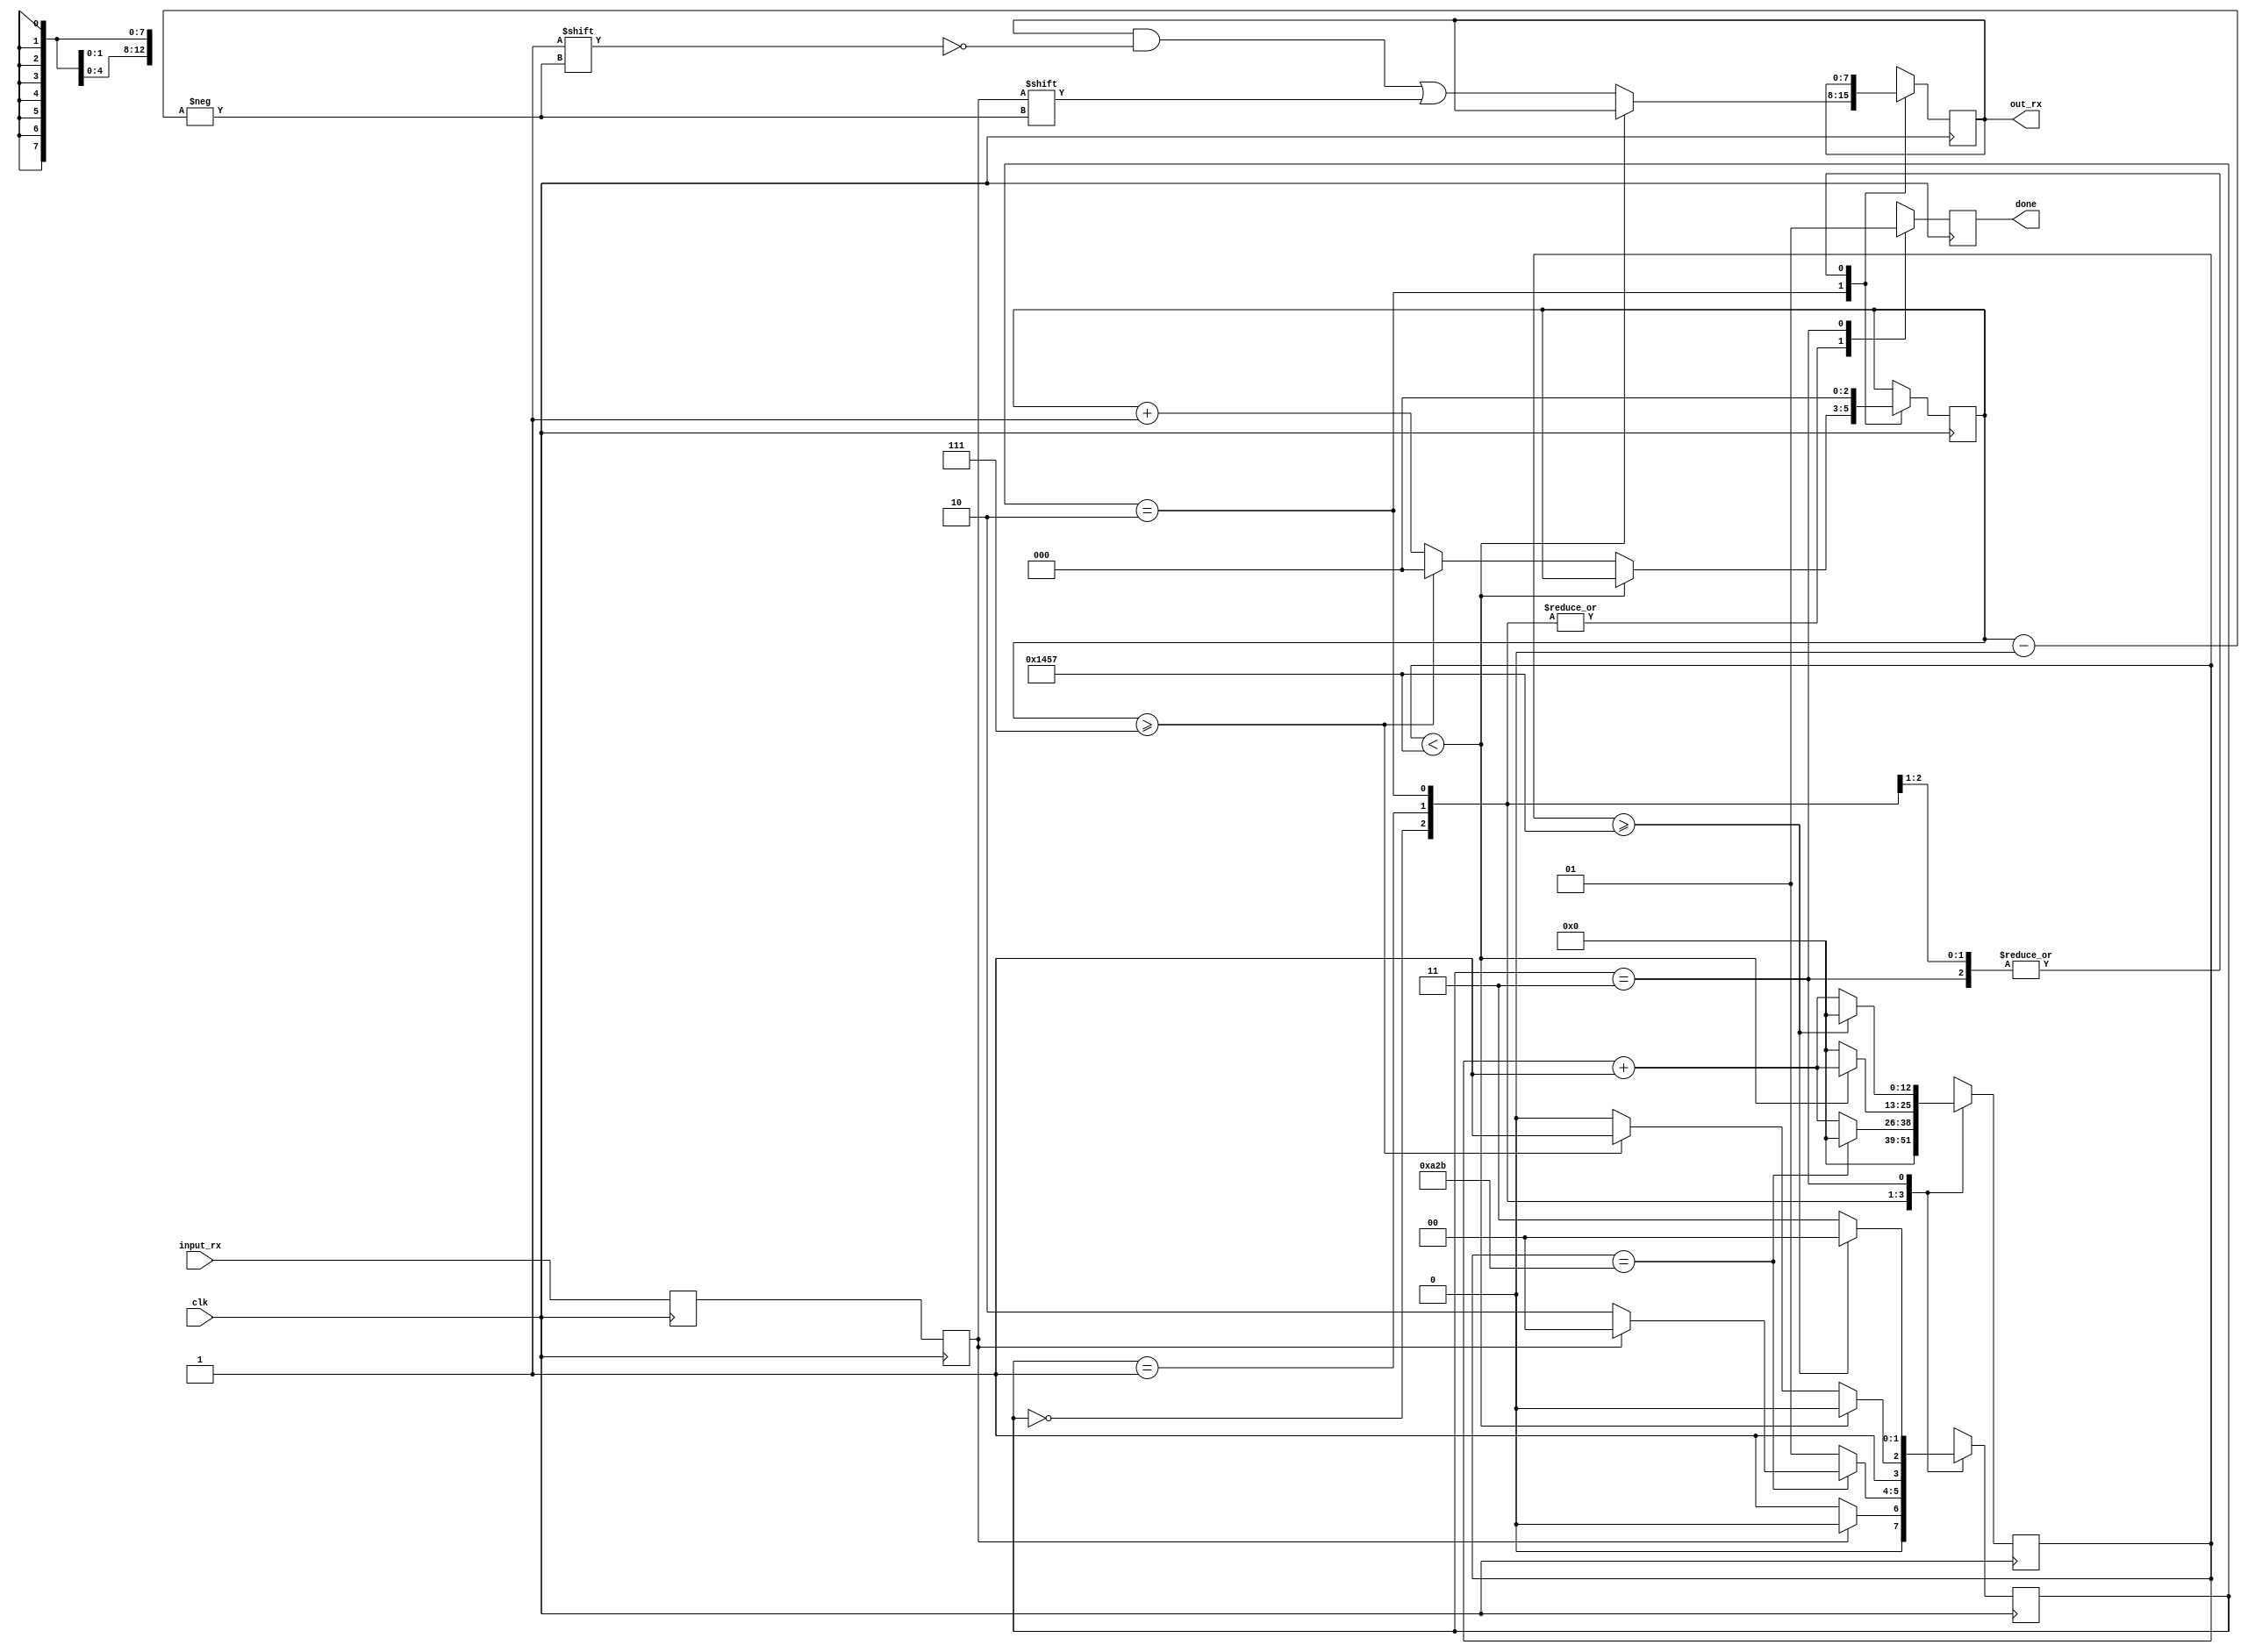

module uart_rx #(
    parameter CLKS_PER_BIT = 5208 // 50000000 / 9600 = 5208 PULSOS DE CLOCK POR BIT
)(
    input  clk,         // CLOCK DA PLACA A 50 MHZ
    input  input_rx,    // DADOS RECEBIDOS PELA PORTA SERIAL
    output done,        // SINALIZADO QUANDO UM DADO FOI RECEBIDO COMPLETAMENTE
    output [7:0] out_rx // DADOS DE SADA COMPLETOS
);

    /* ESTADOS DA MQUINA DE RECEBIMENTO UART */
    localparam IDLE  = 2'b00, // ESTADO DE OCIOSIDADE
               START = 2'b01, // ESTADO DE INCIO DA RECEPO
               DATA  = 2'b10, // ESTADO DE RECEPO DE DADOS
               STOP  = 2'b11; // ESTADO DE PARADA DA RECEPO

    /* REGISTRADORES INTERNOS */
    reg data_serial_buffer = 1'b1; // SINAL DA PORTA SERIAL  ALTO
    reg rx_data            = 1'b1; // DADO RECEBIDO

    reg [1:0]  state       = 1'b0;    // ESTADO DA MQUINA
    reg [12:0] counter     = 13'd0;   // CONTADOR DE TEMPO PARA BAUD RATE
    reg [2:0]  bit_index   = 1'b0;    // NDICE DO BIT ATUAL
    reg        data_avail  = 1'b0;    // FLAG PARA SINALIZAR DADO DISPONVEL
    reg [7:0]  data_reg    = 1'b0;    // REGISTRADOR PARA ARMAZENAR DADOS RECEBIDOS

    /* SADAS */
    assign out_rx = data_reg; // SADA DOS DADOS RECEBIDOS
    assign done = data_avail; // SINALIZADO QUANDO UM DADO FOI RECEBIDO COMPLETAMENTE

    /* RESOLVER PROBLEMA DE CAPTURA DE SINAL AO MANDAR OS BITS */
    always @(posedge clk) begin
        data_serial_buffer <= input_rx;           // ARMAZENAR SINAL DE ENTRADA
        rx_data            <= data_serial_buffer; // CAPTURAR O DADO
    end

   /* TRANSIO DE ESTADOS */
    always @(posedge clk) begin
        case (state)
            IDLE:begin
                data_avail <= 0;      // NENHUM DADO DISPONVEL NO ESTADO IDLE
                counter    <= 13'd0;  // ZERAR CONTADOR DE TEMPO
                bit_index  <= 3'b000; // ZERAR NDICE DE BIT

                if (rx_data == 0)      // SE O DADO DE ENTRADA FOR BAIXO, INICIA A RECEPO
                    state <= START;
                else                   // CASO CONTRRIO, PERMANECE NO ESTADO IDLE
                    state <= IDLE;     
            end

            START: begin
                data_avail   <= 0;       // NENHUM DADO DISPONVEL NO ESTADO START
                bit_index    <= 3'b000;  // ZERAR NDICE DE BIT

                if (counter == (CLKS_PER_BIT - 1) / 2) begin
                    counter <= 13'd0;

                    if (rx_data == 0) begin
                        state <= DATA;    // AINDA EST NO SINAL DE START, MUDA PARA O ESTADO DATA
                    end
                    else
                        state <= IDLE;     // FORA DO SINAL DE START, BIT DE DADO PERDIDO, VOLTA PARA IDLE
                end
                else begin
                    counter <= counter + 13'b1; // INCREMENTA O CONTADOR DE TEMPO
                    state   <= START;           // CONTINUA NO ESTADO START
                end
            end

            DATA: begin
                data_avail <= 0;              // NENHUM DADO DISPONVEL NO ESTADO DATA

                if (counter < CLKS_PER_BIT - 1) begin
                    counter <= counter + 13'b1; // INCREMENTA O CONTADOR DE TEMPO
                    state   <= DATA;            // CONTINUA NO ESTADO DATA
                end
                else begin
                    counter             <= 13'd0;
                    data_reg[bit_index] <= rx_data; // ARMAZENA O DADO RECEBIDO NO REGISTRADOR

                    if (bit_index >= 7) begin
                        bit_index <= 3'b000;
                        state <= STOP;         // TODOS OS BITS DE DADOS FORAM RECEBIDOS, MUDA PARA O ESTADO STOP
                    end
                    else begin
                        bit_index <= bit_index + 3'b1; // INCREMENTA O NDICE DE BIT
                        state <= DATA;                  // CONTINUA NO ESTADO DATA
                    end
                end
            end

            STOP:begin
                data_avail <= 1;               // SINALIZA QUE UM DADO EST DISPONVEL
                bit_index <= 3'b000;           // ZERAR O NDICE DE BIT

                if (counter >= CLKS_PER_BIT - 1) begin
                    counter <= 13'd0;
                    state <= IDLE;             // TEMPO NECESSRIO PARA RECEBER O PRXIMO DADO, VOLTA PARA IDLE
                end
                else begin
                    counter <= counter + 13'b1; // INCREMENTA O CONTADOR DE TEMPO
                    state <= STOP;              // CONTINUA NO ESTADO STOP
                end
            end

            default: begin
                state <= IDLE;                // CASO DE ESTADO NO RECONHECIDO, VOLTA PARA IDLE
                data_avail <= 0;              // NENHUM DADO DISPONVEL
                counter    <= 13'd0;          // ZERAR CONTADOR DE TEMPO
                bit_index  <= 0;              // ZERAR NDICE DE BIT
            end
        endcase
    end

endmodule